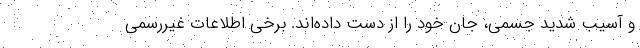
و آسيب شديد جسمي، جان خود را از دست داده‌اند. برخي اطلاعات غيررسمي